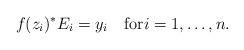
LaTeX: \begin{align*}f(z_i)^*E_i=y_i\quad\mbox{for}i=1,\ldots,n.\end{align*}